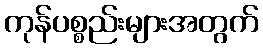
ကုန်ပစ္စည်းများအတွက်